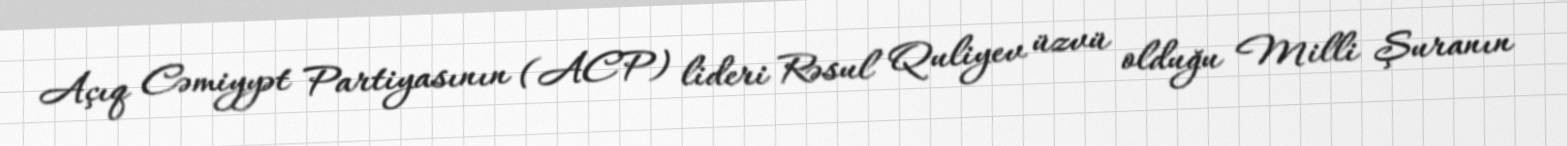
Açıq Cəmiyyət Partiyasının (ACP) lideri Rəsul Quliyev üzvü olduğu Milli Şuranın